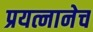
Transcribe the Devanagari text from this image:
प्रयत्नानेच